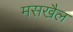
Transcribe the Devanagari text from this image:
मसखैल